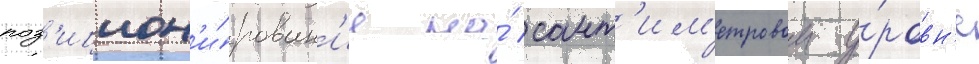
поз'ицион'и́рован'ие на́ сант'им'етровом у́ровн'е